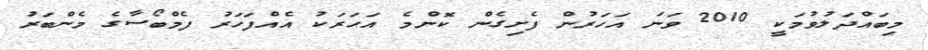
މިބައްދަލުވުމަކީ 2010 ވަނަ އަހަރުން ފެށިގެން ކޮންމެ އަހަރަކު އެއްފަހަރު ފެމްބޯސާގެ މެންބަރު